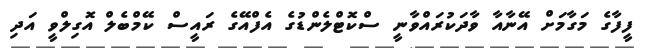
ފީފާގެ މަގާމަށް އޭނާއާ ވާދަކުރައްވާނީ ސްކޮޓްލެންޑުގެ އެފްއޭގެ ރައީސް ކޭމްބެލް އޮގިލްވީ އަދި